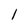
Character: l